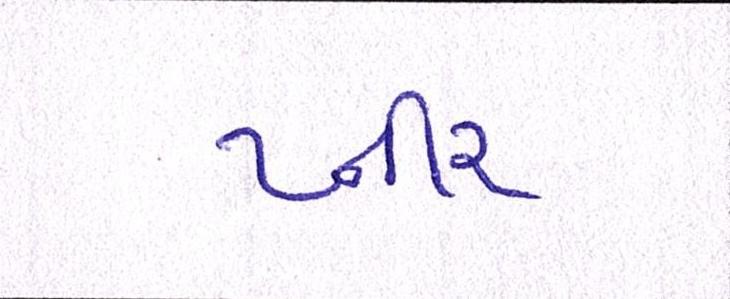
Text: પ્નીર